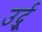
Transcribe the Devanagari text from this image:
उर्दुू